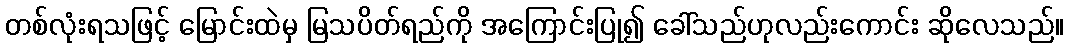
တစ်လုံးရသဖြင့် မြောင်းထဲမှ မြသပိတ်ရည်ကို အကြောင်းပြု၍ ခေါ်သည်ဟုလည်းကောင်း ဆိုလေသည်။